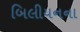
બિલીયનના